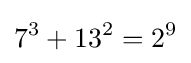
7^{3}+13^{2}=2^{9}